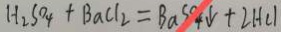
H _ { 2 } S O _ { 4 } + B a C l _ { 2 } = B a S O _ { 4 } \downarrow + 2 H C l